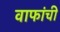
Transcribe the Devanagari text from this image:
वाफांची